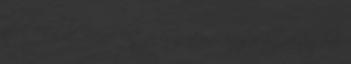
az EBEL-be. Lenne két jó csapatunk egy jó bajnokságban.